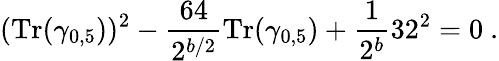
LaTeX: ({\mathrm{Tr}}(\gamma_{0,5}))^{2}-{\frac{64}{2^{b/2}}}{\mathrm{Tr}}(\gamma_{0,5})+{\frac{1}{2^{b}}}32^{2}=0~.